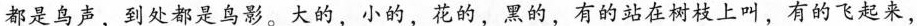
都是鸟声，到处都是鸟影。大的，小的，花的，黑的，有的站在树枝上叫，有的飞起来，